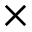
\times